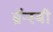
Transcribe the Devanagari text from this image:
ब्रॅन्स्बी